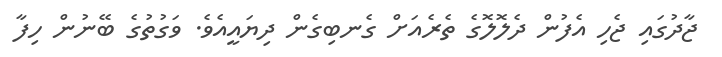
ޖާދުގައި ޖެހި އެފުން ދެލޮލޮގެ ތެރެއަށް ގެނބިގެން ދިޔައީއެވެ. ވަގުތުގެ ބޭނުން ހިފާ